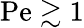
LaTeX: \mathrm{Pe}\gtrsim 1